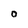
Character: 0